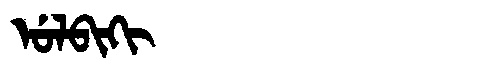
Manchu: ᡠᠯᠪᡳᡴᡳ
Romanization: ULBIKI